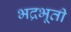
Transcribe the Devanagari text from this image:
भद्रभूती